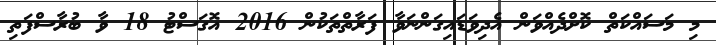
މި މަސައްކަތް ކޮށްދެއްވަން އެދިވަޑައިގަންނަވާ ފަރާތްތަކުން 2016 އޮގަސްޓު 18 ވާ ބުރާސްފަތި